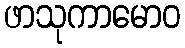
ဖာသုကာမောဝ